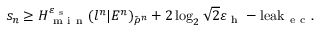
s _ { n } \geq H _ { \mathrm { ~ m ~ i ~ n ~ } } ^ { \varepsilon _ { \mathrm { ~ s ~ } } } ( l ^ { n } | E ^ { n } ) _ { \tilde { \rho } ^ { n } } + 2 \log _ { 2 } \sqrt { 2 } \varepsilon _ { \mathrm { ~ h ~ } } - \mathrm { l e a k } _ { \mathrm { ~ e ~ c ~ } } .